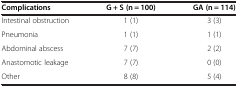
<table><thead><tr><td><b>Complications</b></td><td><b>G + S (n = 100)</b></td><td><b>GA (n = 114)</b></td></tr></thead><tbody><tr><td>Intestinal obstruction</td><td>1 (1)</td><td>3 (3)</td></tr><tr><td>Pneumonia</td><td>1 (1)</td><td>1 (1)</td></tr><tr><td>Abdominal abscess</td><td>7 (7)</td><td>2 (2)</td></tr><tr><td>Anastomotic leakage</td><td>7 (7)</td><td>0 (0)</td></tr><tr><td>Other</td><td>8 (8)</td><td>5 (4)</td></tr></tbody></table>